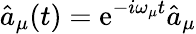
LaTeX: \hat{a}_{\mu}(t)=\mathrm{e}^{-i\omega_{\mu}t}\hat{a}_{\mu}